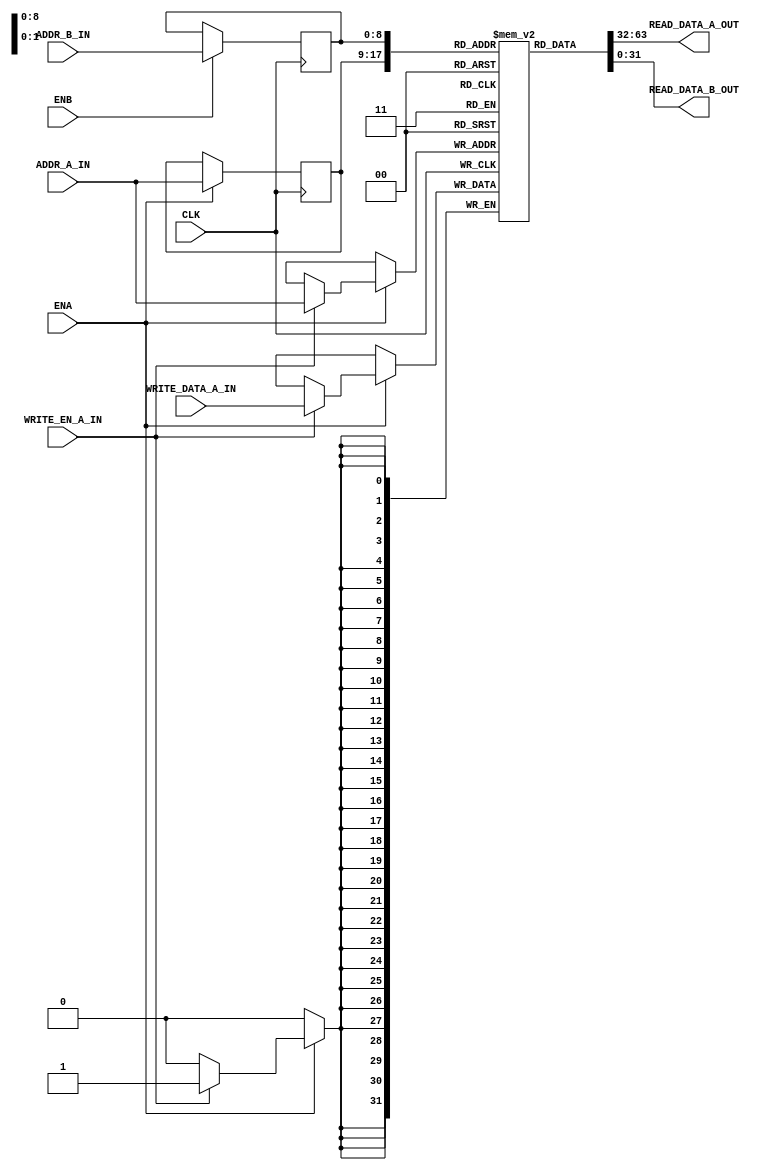
//
// Dual-Port RAM with Enable on Each Port
//
// From http://www.xilinx.com/itp/xilinx10/books/docs/xst/xst.pdf page 195
//
//
// Available sizes (from http://www.xilinx.com/support/documentation/user_guides/ug331.pdf page 155)
//
// 16Kx1
// 8Kx2
// 4Kx4
// 2Kx8 (no parity)
// 2Kx9 (x8 + parity)
// 1Kx16 (no parity)
// 1Kx18 (x16 + 2 parity)
// 512x32 (no parity)
// 512x36 (x32 + 4 parity)
// 256x72 (single-port only)
//
// Synthesis report from Xilinx XST 12
// 
// Synthesizing (advanced) Unit <DPRAM>.                                                     
// INFO:Xst:3041 - The RAM <Mram_RamArray>, combined with <Mram_RamArray_ren>, will be implem
//     -----------------------------------------------------------------------               
//     | ram_type           | Block                               |          |               
//     -----------------------------------------------------------------------               
//     | Port A                                                              |               
//     |     aspect ratio   | 512-word x 32-bit                   |          |               
//     |     mode           | write-first                         |          |                   
//     |     clkA           | connected to signal <CLK>           | rise     |               
//     |     enA            | connected to signal <ENA>           | high     |               
//     |     weA            | connected to signal <WRITE_EN_A_IN> | high     |               
//     |     addrA          | connected to signal <ADDR_A_IN>     |          |               
//     |     diA            | connected to signal <WRITE_DATA_A_IN> |          |             
//     |     doA            | connected to signal <READ_DATA_A_OUT> |          |             
//     -----------------------------------------------------------------------               
//     | optimization       | speed                               |          |               
//     -----------------------------------------------------------------------                   
//     | Port B                                                              |               
//     |     aspect ratio   | 512-word x 32-bit                   |          |               
//     |     mode           | write-first                         |          |               
//     |     clkB           | connected to signal <CLK>           | rise     |               
//     |     enB            | connected to signal <ENB>           | high     |               
//     |     addrB          | connected to signal <ADDR_B_IN>     |          |               
//     |     doB            | connected to signal <READ_DATA_B_OUT> |          |             
//     -----------------------------------------------------------------------               
//     | optimization       | speed                               |          |                   
//       -----------------------------------------------------------------------               
//   Unit <DPRAM> synthesized (advanced).                                                      
//
//
//

module DPRAM
   #(parameter ADDR_WIDTH = 9 ,  // Default gives a 512 x 32 instance
     parameter DATA_WIDTH = 32
     )
   (
    input                    CLK              ,
    input                    ENA              ,
    input                    ENB              ,
    input                    WRITE_EN_A_IN    ,
    input   [ADDR_WIDTH-1:0] ADDR_A_IN        ,
    input   [ADDR_WIDTH-1:0] ADDR_B_IN        ,
    input   [DATA_WIDTH-1:0] WRITE_DATA_A_IN  ,
    output  [DATA_WIDTH-1:0] READ_DATA_A_OUT  ,
    output  [DATA_WIDTH-1:0] READ_DATA_B_OUT
    );


   reg [DATA_WIDTH-1:0] 	 RamArray [(2 ** ADDR_WIDTH)-1:0];

   reg [ADDR_WIDTH-1:0] 	 ReadAddrA;
   reg [ADDR_WIDTH-1:0] 	 ReadAddrB;

   assign READ_DATA_A_OUT = RamArray[ReadAddrA];
   assign READ_DATA_B_OUT = RamArray[ReadAddrB];

   always @(posedge CLK) begin
      if (ENA)
      begin
	 if (WRITE_EN_A_IN)
	    RamArray[ADDR_A_IN] <= WRITE_DATA_A_IN;
	 ReadAddrA <= ADDR_A_IN; // Note this line doesn't depend on WRITE_EN_A_IN
      end
      if (ENB)
	 ReadAddrB <= ADDR_B_IN;
   end
   
endmodule